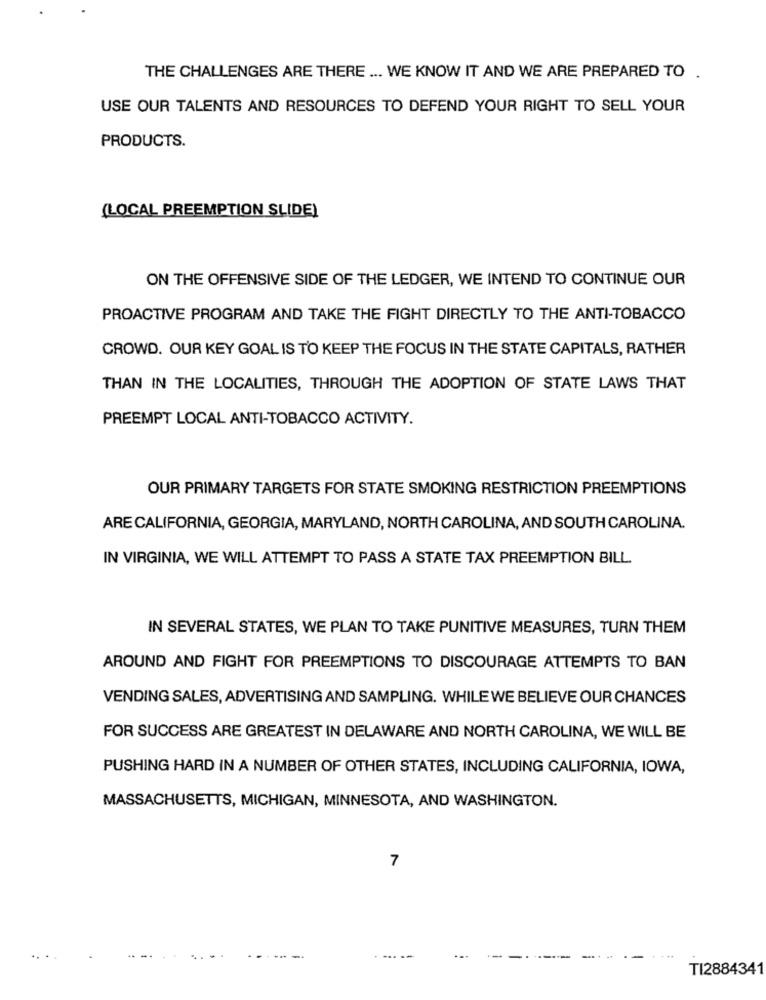
THE CHALLENGES ARE THERE ... WE KNOW IT AND WE ARE PREPARED TO .
USE OUR TALENTS AND RESOURCES TO DEFEND YOUR RIGHT TO SELL YOUR
PRODUCTS.
(LOCAL PREEMPTION SLIDE)
ON THE OFFENSIVE SIDE OF THE LEDGER, WE INTEND TO CONTINUE OUR
PROACTIVE PROGRAM AND TAKE THE FIGHT DIRECTLY TO THE ANTI-TOBACCO
CROWD. OUR KEY GOAL IS TO KEEP THE FOCUS IN THE STATE CAPITALS, RATHER
THAN IN THE LOCALITIES, THROUGH THE ADOPTION OF STATE LAWS THAT
PREEMPT LOCAL ANTI-TOBACCO ACTIVITY.
OUR PRIMARY TARGETS FOR STATE SMOKING RESTRICTION PREEMPTIONS
ARE CALIFORNIA, GEORGIA, MARYLAND, NORTH CAROLINA, AND SOUTH CAROLINA.
IN VIRGINIA, WE WILL ATTEMPT TO PASS A STATE TAX PREEMPTION BILL
IN SEVERAL STATES, WE PLAN TO TAKE PUNITIVE MEASURES, TURN THEM
AROUND AND FIGHT FOR PREEMPTIONS TO DISCOURAGE ATTEMPTS TO BAN
VENDING SALES, ADVERTISING AND SAMPLING. WHILE WE BELIEVE OUR CHANCES
FOR SUCCESS ARE GREATEST IN DELAWARE AND NORTH CAROLINA, WE WILL BE
PUSHING HARD IN A NUMBER OF OTHER STATES, INCLUDING CALIFORNIA, IOWA,
MASSACHUSETTS, MICHIGAN, MINNESOTA, AND WASHINGTON.
7
TI2884341